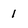
Character: 1